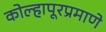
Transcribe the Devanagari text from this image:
कोल्हापूरप्रमाणे